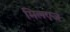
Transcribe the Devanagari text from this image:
मिलएज